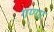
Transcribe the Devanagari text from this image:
गण्गा